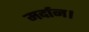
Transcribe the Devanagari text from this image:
मर्दान।